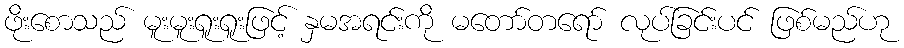
ဖိုးစောသည် မူးမူးရူးရူးဖြင့် နှမအရင်းကို မတော်တရော် လုပ်ခြင်းပင် ဖြစ်မည်ဟု